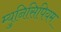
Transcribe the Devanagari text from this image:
म्युनिसिपियम